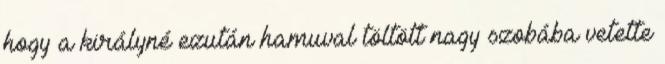
hogy a királyné ezután hamuval töltött nagy szobába vetette